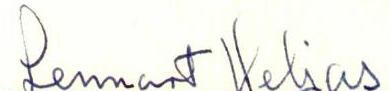
Lennart HeljasYLE_pääjohtajien_kirjeenvaihto_1966_4_9_30.jpg	Erik Carlsen